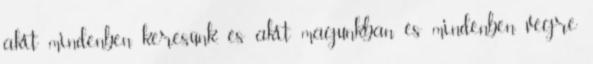
akit mindenben keresünk, és akit magunkban és mindenben végre